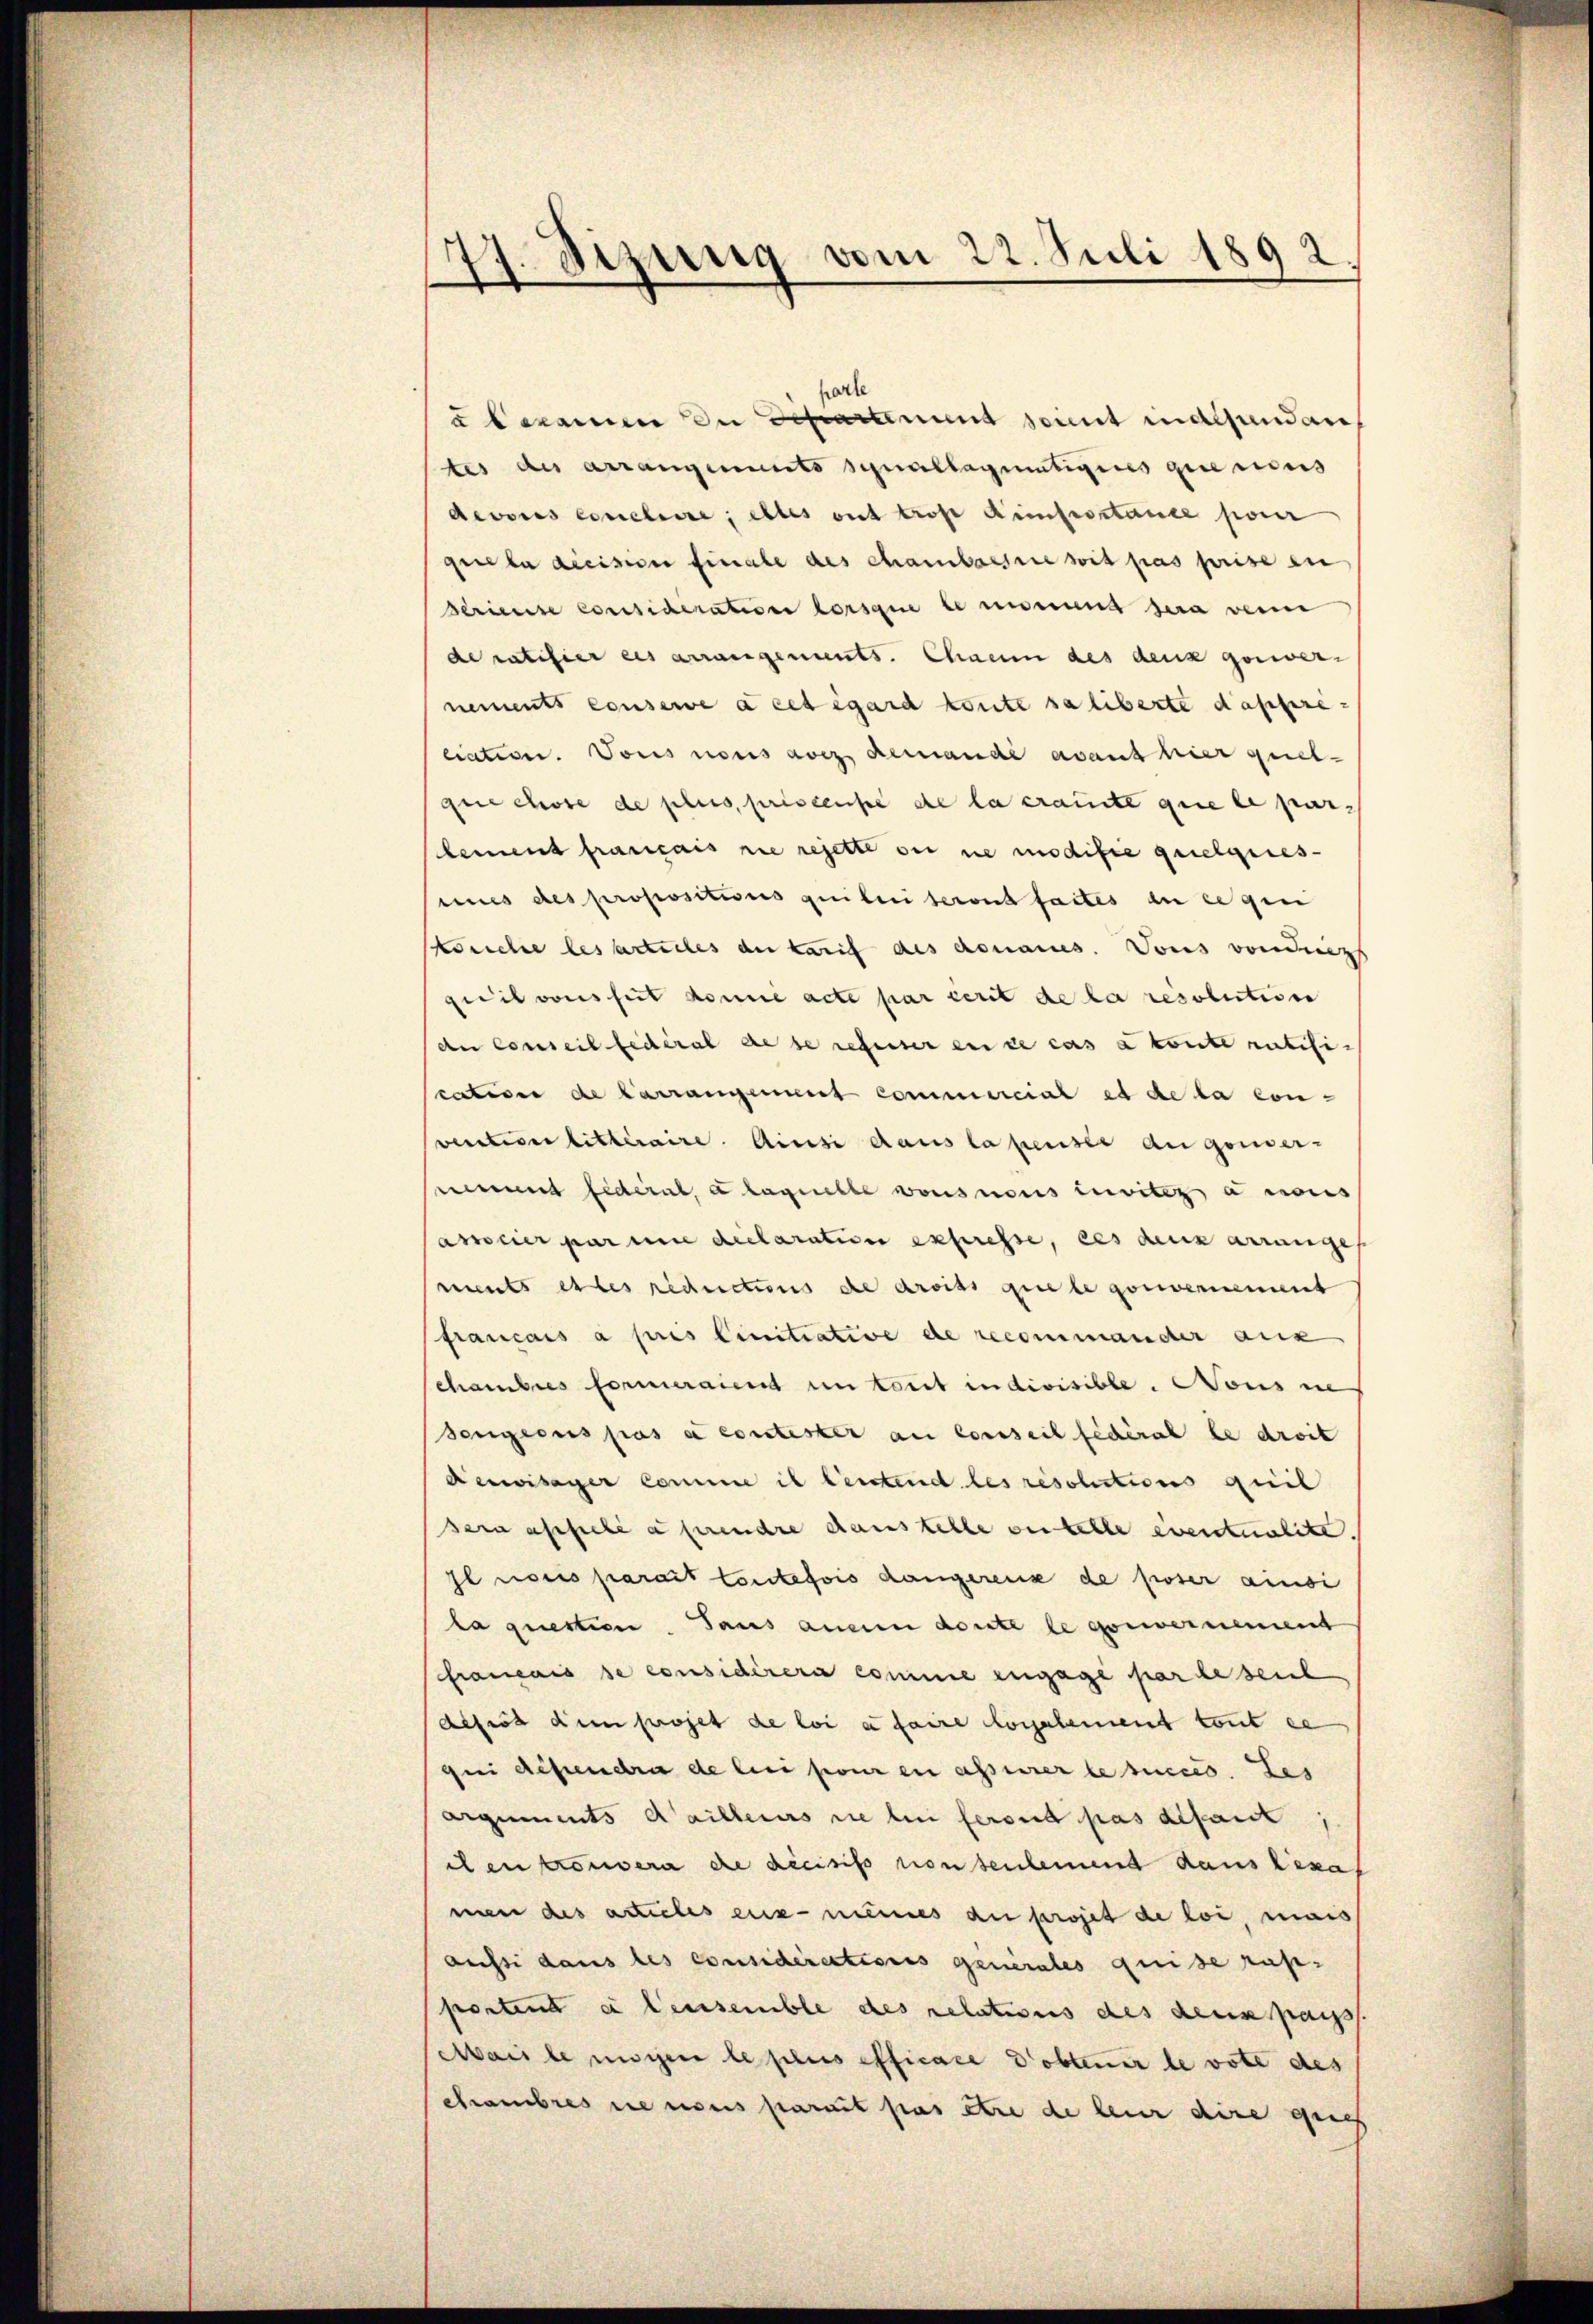
.
77. Sitzung vom 22. Juli 1892

parte
ubmann in Separtement seint inalsundan
tes des arrangements Schnallagmatigens gemes
devois concleire; elles ont trost Aimfrostance pour
que la décision finale des chambachsee mit pas prise en
Seriente consideration lorsque le momend sera verne
de ratifier des arrangements Chenn des denz genier-
nements consere a cet égard könte sa liberte dassere
ciation. Vons nous aus demande avant hier quel-
que chose de plus priscensé de la cramte que le par-
lement français sie rejette seine modifie quelgeresmnes des propositions quiten seront faites an ee qui
könche les articles an tarif des donaues. Vons von dies
quil vonssit donne acte par cerit de la resolution
An Conseil fédéral de se refuser en ce cas à toute ratifi-
scation de Carrangement commercial et de la con-
vectiver litteraire. Ainsi dans la pensee angemer-
rement fédéral, a laquelle vons nous invitz anores
ancier par nie declaration expresse, des deux arrange
ments et les reductions de droits quele gouvernement
français à pris Cinitiative de recommander aus
chambres formeraient un torrt indivisible. Nons ne
sengeres pas a contester au conseil fédéral le droit
Auwisager Comme il leutend les resolutions quil
sera affiele a prendre danstelle oestelle eventualite.
sl noces parait toutefois dangerens de poser ainsi
la questien aus anein deute legenwernement
Franeais se considirera comme engage par beseit
aisiss dem projet de loi a faire Coralement tout ce
frei Reprendra de lui pour en asserer le succes. Les
Arguments d’ailleurs die bei feront pas depart
ilen prouvera die decisiso non seulemend dans Lexaf
men des articles eux-meines au projet de loi, mais
aussi dans les considirectionis generales quise rap-
portent in densemble des relations des dein pass
Mais le migen le plus officace d’obtenir le voti des
Cambres nie nous parait pas être de leur dire gref